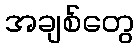
အချစ်တွေ